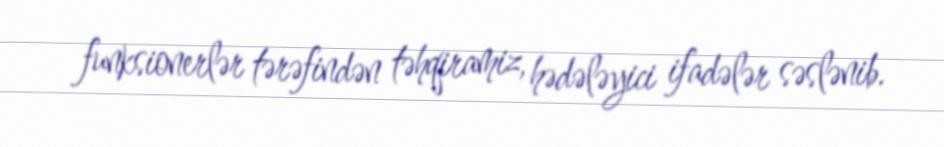
funksionerlər tərəfindən təhqiramiz, hədələyici ifadələr səslənib.